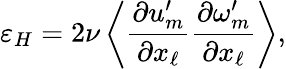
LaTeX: \varepsilon_{H}=2\nu\left\langle{\frac{\partial u_{m}^{\prime}}{\partial x_{\ell}}\frac{\partial\omega_{m}^{\prime}}{\partial x_{\ell}}}\right\rangle,